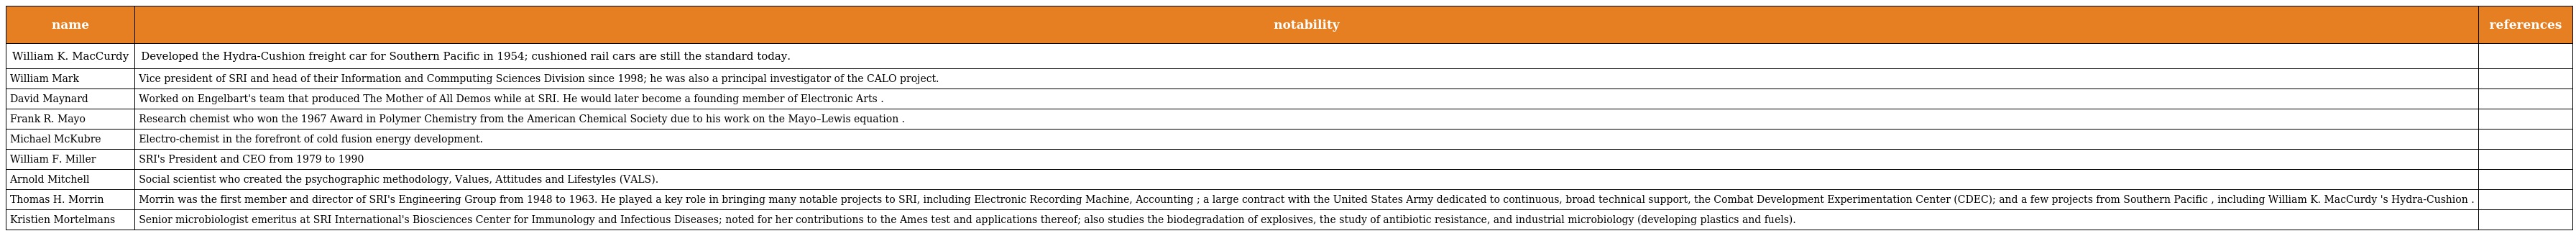
| name | notability | references |
 | --- | --- | --- |
 | William K. MacCurdy | Developed the Hydra-Cushion freight car for Southern Pacific in 1954; cushioned rail cars are still the standard today. |  |
 | William Mark | Vice president of SRI and head of their Information and Commputing Sciences Division since 1998; he was also a principal investigator of the CALO project. |  |
 | David Maynard | Worked on Engelbart's team that produced The Mother of All Demos while at SRI. He would later become a founding member of Electronic Arts . |  |
 | Frank R. Mayo | Research chemist who won the 1967 Award in Polymer Chemistry from the American Chemical Society due to his work on the Mayo–Lewis equation . |  |
 | Michael McKubre | Electro-chemist in the forefront of cold fusion energy development. |  |
 | William F. Miller | SRI's President and CEO from 1979 to 1990 |  |
 | Arnold Mitchell | Social scientist who created the psychographic methodology, Values, Attitudes and Lifestyles (VALS). |  |
 | Thomas H. Morrin | Morrin was the first member and director of SRI's Engineering Group from 1948 to 1963. He played a key role in bringing many notable projects to SRI, including Electronic Recording Machine, Accounting ; a large contract with the United States Army dedicated to continuous, broad technical support, the Combat Development Experimentation Center (CDEC); and a few projects from Southern Pacific , including William K. MacCurdy 's Hydra-Cushion . |  |
 | Kristien Mortelmans | Senior microbiologist emeritus at SRI International's Biosciences Center for Immunology and Infectious Diseases; noted for her contributions to the Ames test and applications thereof; also studies the biodegradation of explosives, the study of antibiotic resistance, and industrial microbiology (developing plastics and fuels). |  |